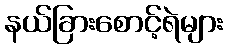
နယ်ခြားစောင့်ရဲများ